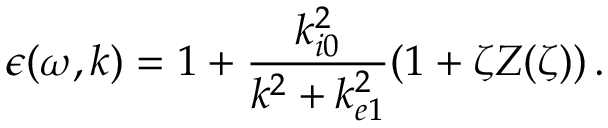
\epsilon ( \omega , \boldsymbol { k } ) = 1 + \frac { k _ { i 0 } ^ { 2 } } { k ^ { 2 } + k _ { e 1 } ^ { 2 } } ( 1 + \zeta Z ( \zeta ) ) \, .